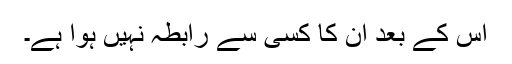
اس کے بعد اُن کا کسی سے رابطہ نہیں ہوا ہے۔